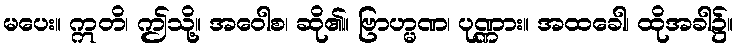
မပေး။ ဣတိ၊ ဤသို့။ အဝေါစ၊ ဆို၏။ ဗြာဟ္မဏ၊ ပုဏ္ဏား။ အထခေါ၊ ထိုအခါ၌။